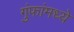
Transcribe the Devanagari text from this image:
गुंफांमध्ये